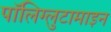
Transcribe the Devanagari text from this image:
पॉलिग्लुटामाइन